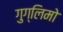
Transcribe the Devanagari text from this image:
गुग्लिमो